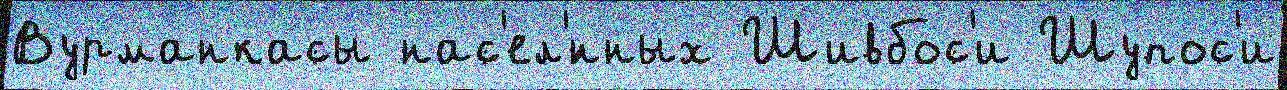
Вурманкасы нас'ел'́нных Шивбос'и Шупос'и